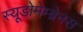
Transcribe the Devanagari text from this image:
स्यूडोमेम्ब्रेनस